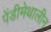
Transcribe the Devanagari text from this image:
पेंडीमेथालीन